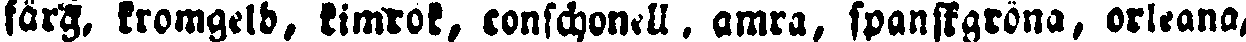
färg, kromgelb, kimrok, conschonell. amra, spanskgröna, orleana,